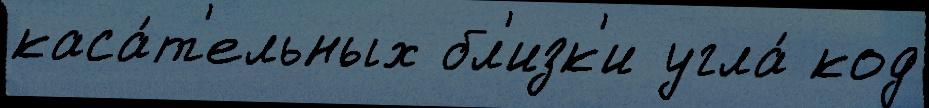
каса́т'ельных бл'изк'и угла́ код